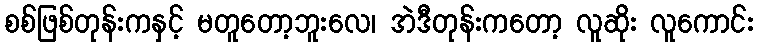
စစ်ဖြစ်တုန်းကနှင့် မတူတော့ဘူးလေ၊ အဲဒီတုန်းကတော့ လူဆိုး လူကောင်း